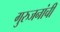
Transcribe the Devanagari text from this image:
गुरुजनांची